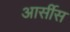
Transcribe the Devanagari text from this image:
आर्सीस